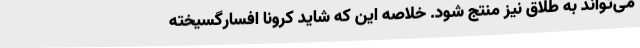
می‌تواند به طلاق نیز منتج شود. خلاصه این که شاید کرونا افسارگسیخته